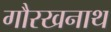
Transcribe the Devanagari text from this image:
गौरखनाथ